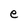
Character: e